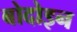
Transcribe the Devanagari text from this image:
बोदोइन